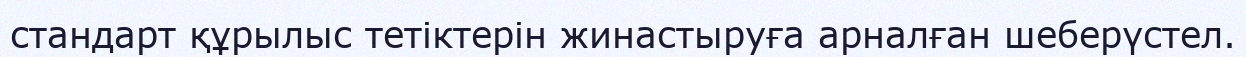
стандарт құрылыс тетіктерін жинастыруға арналған шеберүстел.